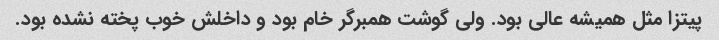
پیتزا مثل همیشه عالی بود‌. ولی گوشت همبرگر خام بود و داخلش خوب پخته نشده بود.